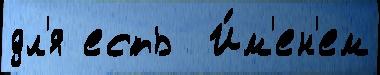
дл'я есть  И́м'ен'ем